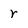
Character: r